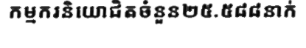
កម្មករនិយោជិតចំនួន២៥.៥៨៨នាក់